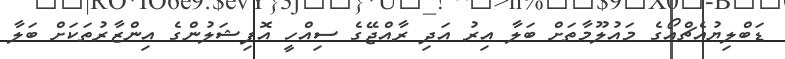
ޑަބްލިޔުއެޗްއޯގެ މައުލޫމާތަށް ބަލާ އިރު އަދި ރާއްޖޭގެ ސިއްހީ އޮފިޝަލުންގެ އިންޒާރުތަކަށް ބަލާ